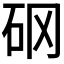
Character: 𥐻